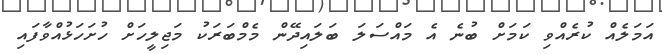
އަމަލެއް ކުރެއްވި ކަމަށް ބުނެ އެ މައްސަލަަ ބަލައިދޭން މެމްބަރަކު މަޖިލީހަށް ހުށަހަަޅުއްވާފައި